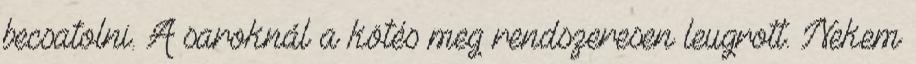
becsatolni. A saroknál a kötés meg rendszeresen leugrott. Nekem